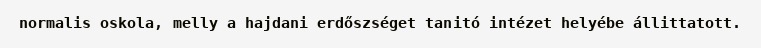
normalis oskola, melly a hajdani erdőszséget tanitó intézet helyébe állittatott.